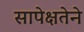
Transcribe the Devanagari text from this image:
सापेक्षतेने